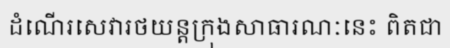
ដំណើរសេវារថយន្តក្រុងសាធារណៈនេះ ពិតជា